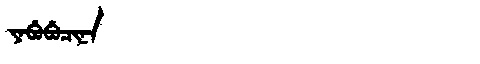
Manchu: ᠶᠠᠪᡠᠪᡠᠴᡳᠨᠠ
Romanization: YABUBUCINA